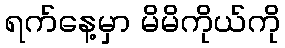
ရက်နေ့မှာ မိမိကိုယ်ကို